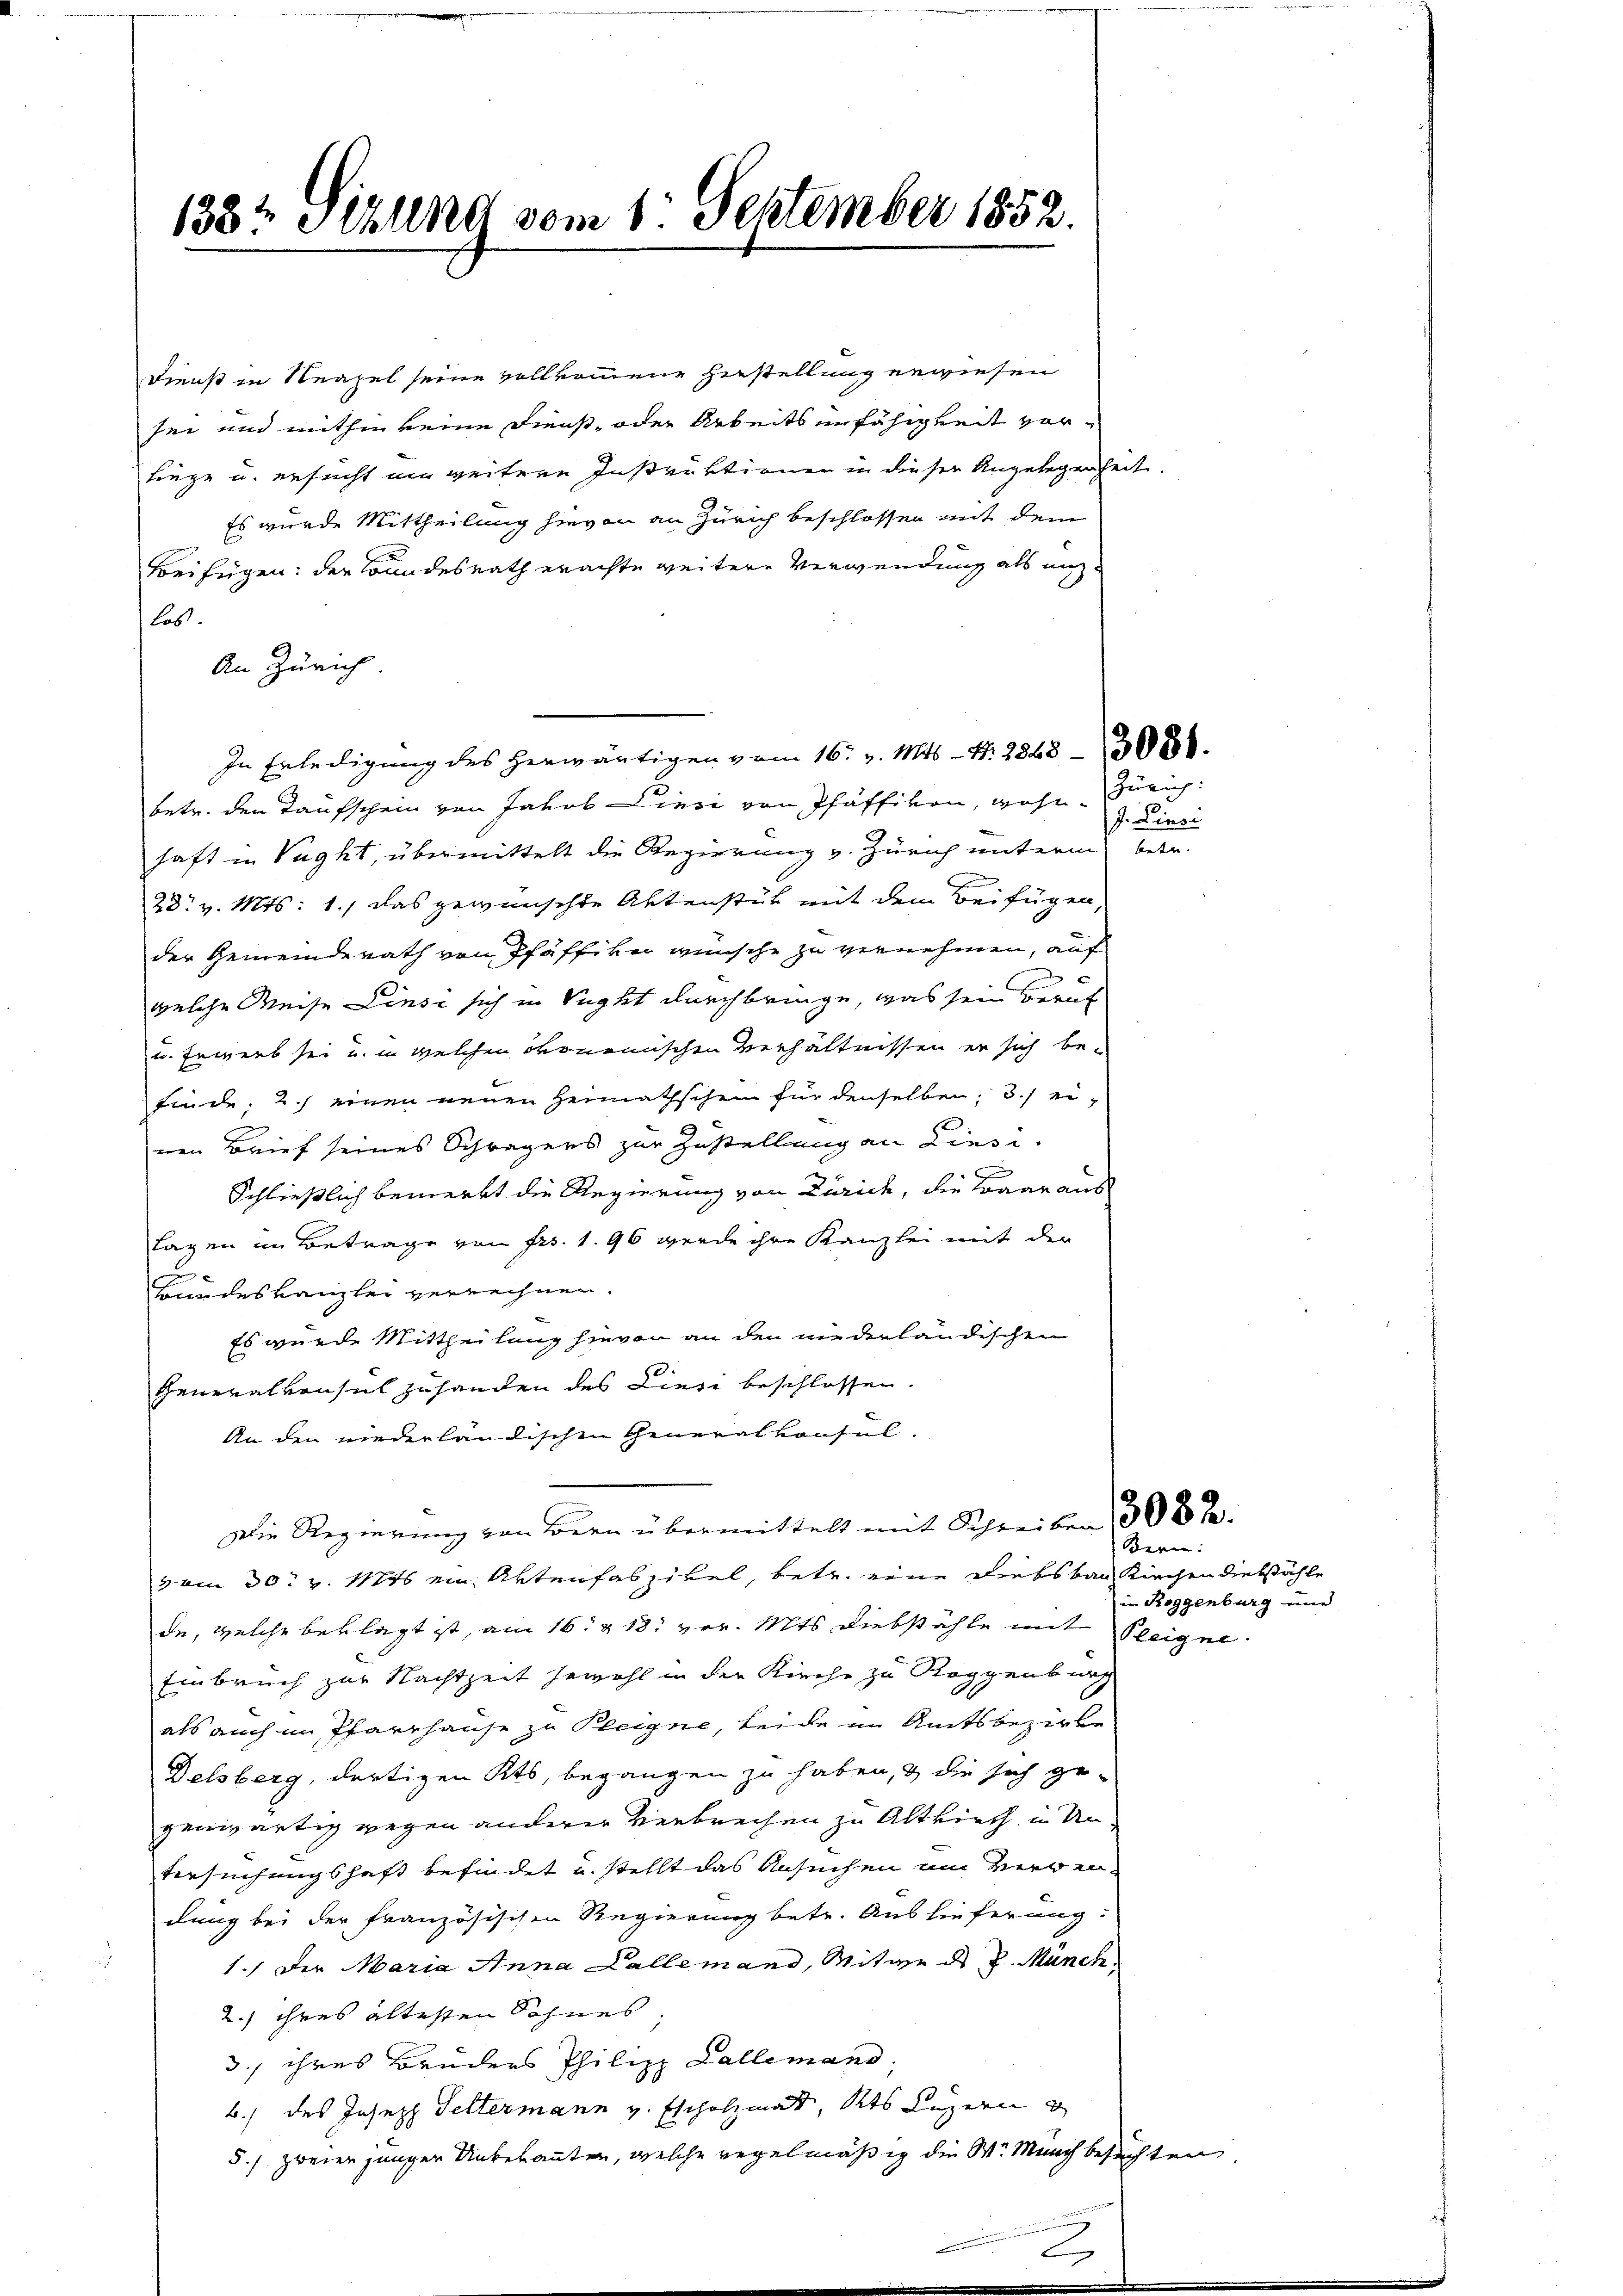
138te Sekung vom 1. September 1852.

Dienst in Neapel seine vollkommene Zustellung erwiesen
sei und mithin keine Dienst, oder Arbeitsunfähigkeit vorliege u. ersucht im weitere Instruktionen in dieser Angelegenheit.
Es wurde Mittheilung hievon an Zürich beschlossen mit dem
Beifügen: der Bundesrath erachte weitere Verwendung als eilas.
An Zürich
In Erledigung des herwärtigen vom 16. v. Mts. N. 28683088.
betr. den Taufschein von Jakob Diesi von Pfäffikon, wohl. Zürich:
haft in Vaght, übermittelt die Regierung v. Zürich unterm betr.
28. v. Mts: 1., das gewünschte Aktenstück mit dem Beifügen
der Gemeinderath von Pfäffiker wünsche zu vernehmen, auf
welche Weise Linsi sich in Tught durchbringe, was sein Beruf
u. Erwerb sei u. in welchen ökonomischen Verhältnissen er sich be-
finde, 2.) einen neuen Heimathschein für denselben; 3) ei-
nen Brief seines Schrägers zur Zustellung an Liesi¬

Schließlich bemerkt die Regierung von Zürich, die Baar aus
lagen im Betrage von Frs. 1. 96 werde ihre Kanzlei mit der
E
Bundeskanzlei verrechnen.
Es wurde Mittheilung hievon an den niederländischen
Generalkonsul zu handen des Liesi beschlossen.
An den niederländischen Generalkonsul-
Die Regierung von Bern übermittelt mit Schreiben 308 %.
Bern:
vom 30. v. Mts ein Aktenfaszikel, betr. eine Diebs bar Kirchen diebstähle
de, welche beklagt ist, am 16. 218. vor. Mts Diebstähle mit Fleigel
Einbruch zur Nachtzeit Gewohl in der Kirche zu Roggenburg
als auch im Pfarrhause zu Pleigne, beide im Amtsbezirke
Delsberg, dortigen Kts. begangen zu haben, & die sich ge-
genwärtig wegen anderer Verbrechen zu Altkirch in Un¬
Versuchungshaft befindet u. stellt das Ansuchen um verwendung bei der französischen Regierung betr. Auslieferung:
1.) Der Maria Anna Lallemand, Mitwe d. J. Münch.
2.) ihres ältesten Sohnes,
3. ihres Bruders Philipp Lallemand,
b.) des Joseph Tettermann v. Escholzmat, Kts Luzern u
5.) zweier junger Unbekannten, welche regelmäßig die W. Münch besuchten

J. Linsi

in Roggenburg und